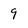
Character: 9